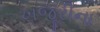
ખજૂરીના